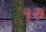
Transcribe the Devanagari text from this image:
१रु